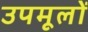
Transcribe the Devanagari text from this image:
उपमूलों